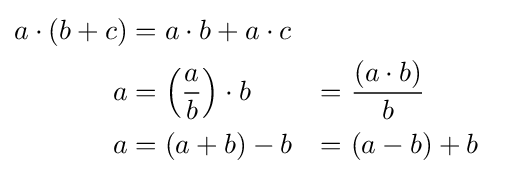
{\begin{aligned}a\cdot (b+c)&=a\cdot b+a\cdot c\\a&=\left({\frac {a}{b}}\right)\cdot b&=\,\,&{\frac {(a\cdot b)}{b}}\\a&=(a+b)-b&=\,\,&(a-b)+b\end{aligned}}